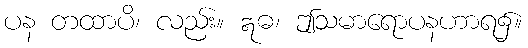
ပန တထာပိ၊ လည်း။ ဣဓ၊ ဤသမာရောပနဟာရ၌။